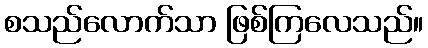
စသည်လောက်သာ ဖြစ်ကြလေသည်။